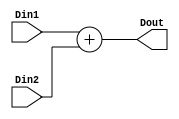
module adder (Dout, Din1, Din2);

 input  [7:0] Din1, Din2;
 output [7:0] Dout;
 
 assign Dout = Din1 + Din2;

endmodule